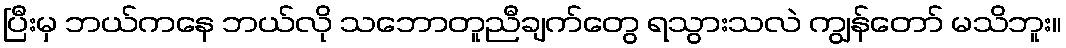
ပြီးမှ ဘယ်ကနေ ဘယ်လို သဘောတူညီချက်တွေ ရသွားသလဲ ကျွန်တော် မသိဘူး။